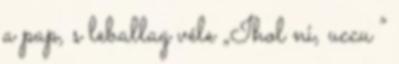
a pap, s leballag véle „Ihol ni, uccu ”